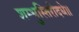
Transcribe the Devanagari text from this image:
शम्भुस्तिरोदधे॥